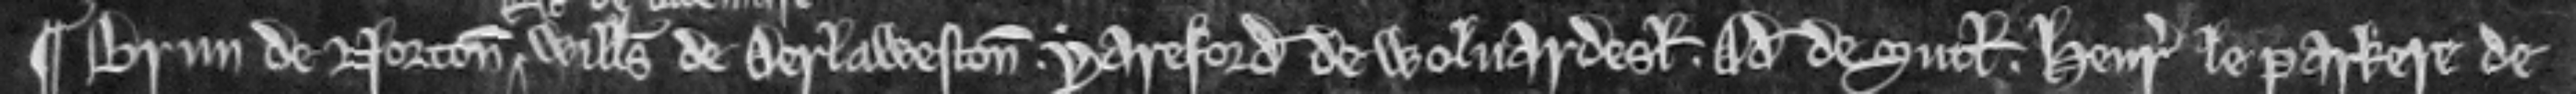
¶ Brun de Norton Willelmus de Derlaweston. Yareford de Wolvardesl. Adam de Sutl. Henricus le Parkere de